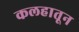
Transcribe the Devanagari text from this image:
कलहातून